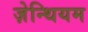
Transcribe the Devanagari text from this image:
ज़ेन्थियम